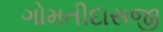
ગોમતીદાસજી